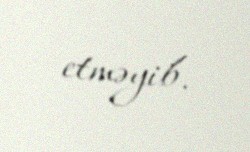
etməyib.